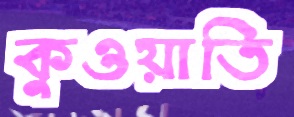
কুওয়াতি